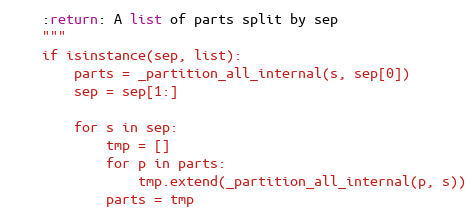
Language: Python
    :return: A list of parts split by sep
    """
    if isinstance(sep, list):
        parts = _partition_all_internal(s, sep[0])
        sep = sep[1:]

        for s in sep:
            tmp = []
            for p in parts:
                tmp.extend(_partition_all_internal(p, s))
            parts = tmp